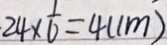
2 4 \times \frac { 1 } { 6 } = 4 ( c m )